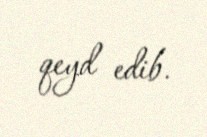
qeyd edib.